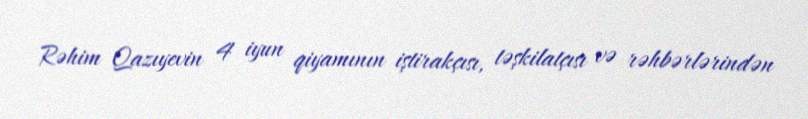
Rəhim Qazıyevin 4 iyun qiyamının iştirakçısı, təşkilatçısı və rəhbərlərindən